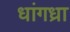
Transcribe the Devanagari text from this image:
धांगध्रा